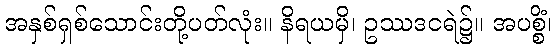
အနှစ်ရှစ်သောင်းတို့ပတ်လုံး။ နိရယမှိ၊ ဥဿဒငရဲ၌။ အပစ္စိံ၊